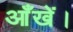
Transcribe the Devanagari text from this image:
आँखें।